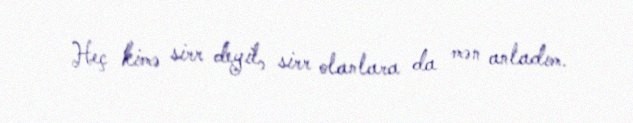
Heç kimə sirr deyil, sirr olanlara da mən anladım.